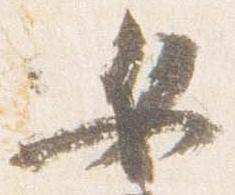
女